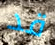
قد